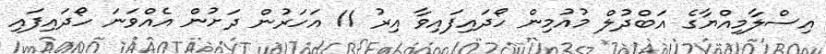
އިސްލާމިއްޔާގެ އަބްދުލް މުއުމިން ހޯދައިފައިވާ އިރު 11 އަހަރުން ދަށުން އެއްވަނަ ހޯދައިފައި